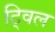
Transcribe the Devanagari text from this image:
ट्विल